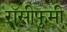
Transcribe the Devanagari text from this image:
रॉसीफुमी